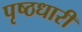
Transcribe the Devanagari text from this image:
पृष्ठधारी